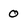
Character: 0